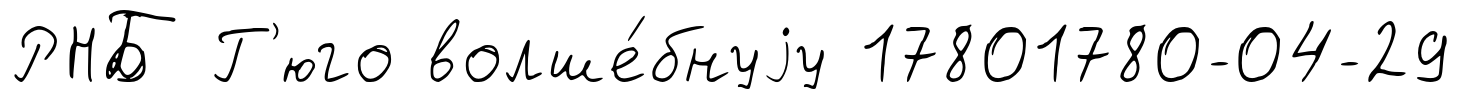
РНБ Г'юго волше́бнуjу 17801780-04-29